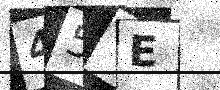
Text: 45VE